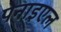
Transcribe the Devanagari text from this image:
पेनाइएल